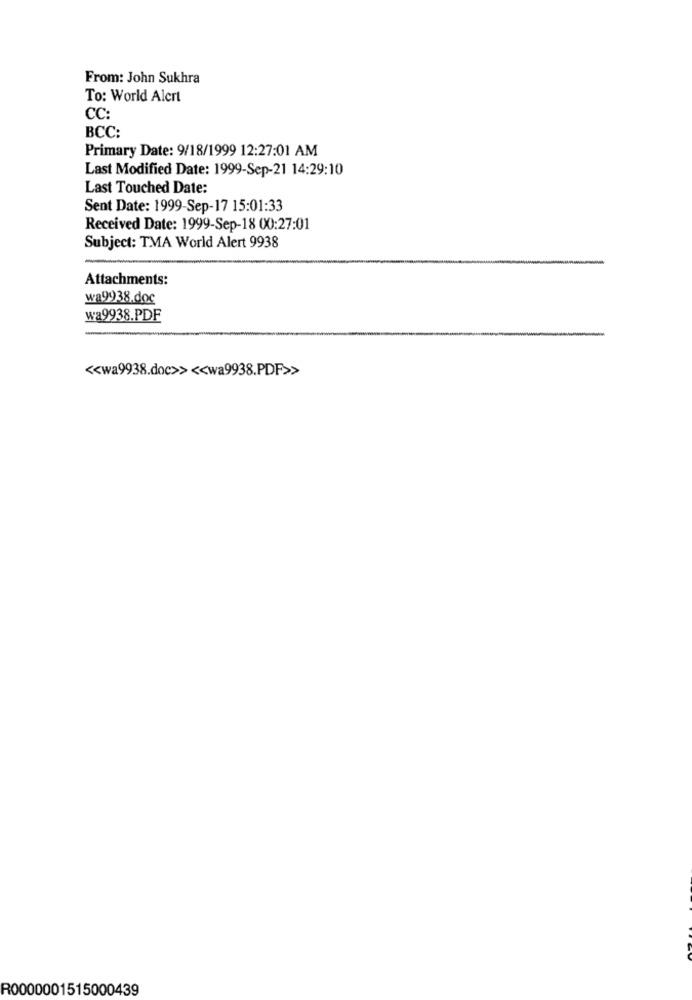
From: John Sukhra
To: World Alert
CC:
BCC:
Primary Date: 9/18/1999 12:27:01 AM
Last Modified Date: 1999-Sep-21 14:29:10
Last Touched Date:
Sent Date: 1999-Sep-17 15:01:33
Received Date: 1999-Sep-18 00:27:01
Subject: TMA World Alert 9938
Attachments:
wa9938.doc
wa9938.PDF
<< wa9938.doc>> << wa9938.PDF>>
R0000001515000439